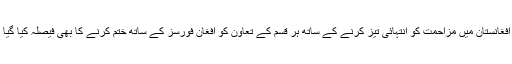
اور افغانستان میں مزاحمت کو انتہائی تیز کرنے کے ساتھ ہر قسم کے تعاون کو افغان فورسز کے ساتھ ختم کرنے کا بھی فیصلہ کیا گیا ہے۔